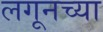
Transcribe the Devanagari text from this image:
लगूनच्या